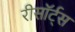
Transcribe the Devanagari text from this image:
रीसॉर्ट्स